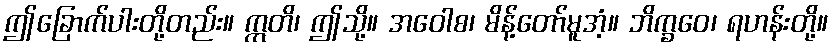
ဤခြောက်ပါးတို့တည်း။ ဣတိ၊ ဤသို့။ အဝေါစ၊ မိန့်တော်မူအံ့။ ဘိက္ခဝေ၊ ရဟန်းတို့။